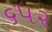
૬૫૨